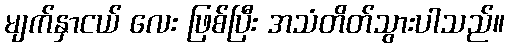
မျက်နှာငယ် လေး ဖြစ်ပြီး အသံတိတ်သွားပါသည်။